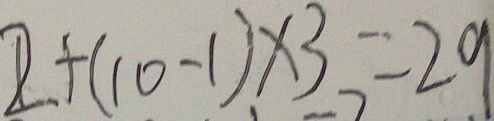
2 + ( 1 0 - 1 ) \times 3 = 2 9